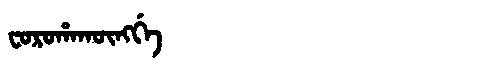
Manchu: ᠸᠣᡵᠣᡥᠠᡴᡡᠩᡤᡝ
Romanization: FOROHAKŪNGGE